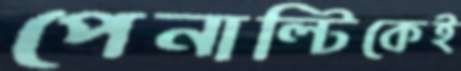
পেনাল্টিকেই